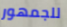
للجمهور